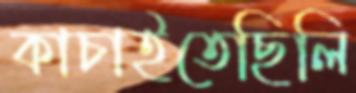
কাচাইতেছিলি